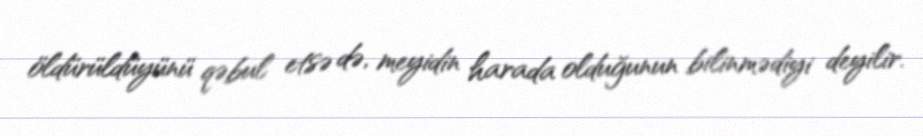
öldürüldüyünü qəbul etsə də, meyidin harada olduğunun bilinmədiyi deyilir.